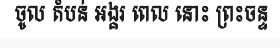
ចូល តំបន់ អង្គរ ពេល នោះ ព្រះចន្ទ